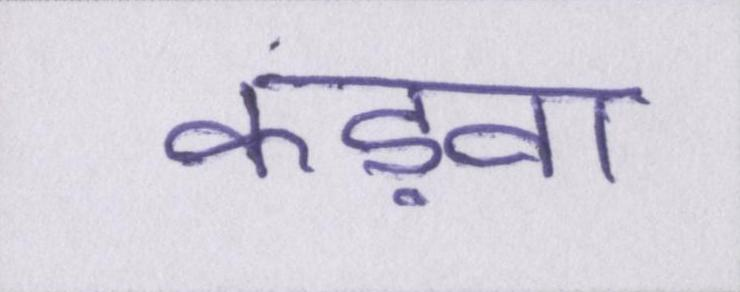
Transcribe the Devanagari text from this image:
कड़वा